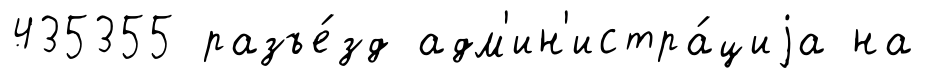
435355 разъе́зд адм'ин'истра́циjа на